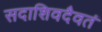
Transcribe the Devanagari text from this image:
सदाशिवदैवतं